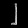
Digit: ၂